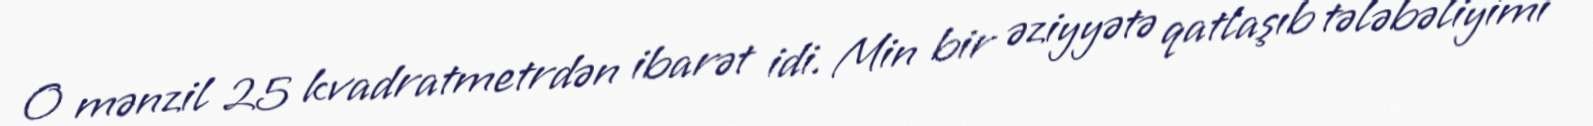
O mənzil 25 kvadratmetrdən ibarət idi. Min bir əziyyətə qatlaşıb tələbəliyimi